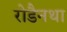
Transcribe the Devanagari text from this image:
रोडैनथा